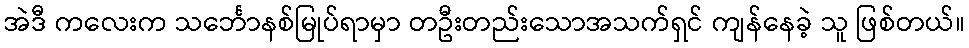
အဲဒီ ကလေးက သင်္ဘောနစ်မြုပ်ရာမှာ တဦးတည်းသောအသက်ရှင် ကျန်နေခဲ့ သူ ဖြစ်တယ်။